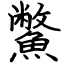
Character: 鱉